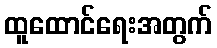
ထူထောင်ရေးအတွက်